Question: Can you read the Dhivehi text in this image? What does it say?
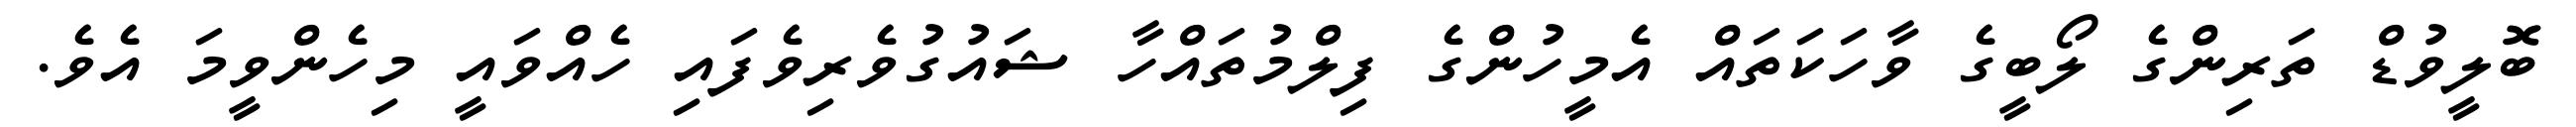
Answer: ބޮލީވުޑް ތަރިންގެ ލޯބީގެ ވާހަކަތައް އެމީހުންގެ ފިލްމުތައްހާ ޝައުގުވެރިވެފައި ހެއްވައީ މިހެންވީމަ އެވެ.